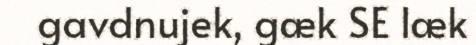
gavdnujek, gæk SE læk